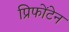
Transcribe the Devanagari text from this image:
प्रिफोंटेन